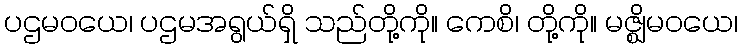
ပဌမဝယေ၊ ပဌမအရွယ်ရှိ သည်တို့ကို။ ကေစိ၊ တို့ကို။ မဇ္ဈိမဝယေ၊